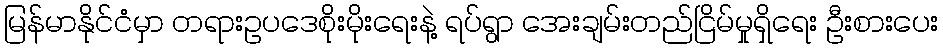
မြန်မာနိုင်ငံမှာ တရားဥပဒေစိုးမိုးရေးနဲ့ ရပ်ရွာ အေးချမ်းတည်ငြိမ်မှုရှိရေး ဦးစားပေး